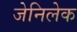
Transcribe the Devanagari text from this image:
जेनिलेक